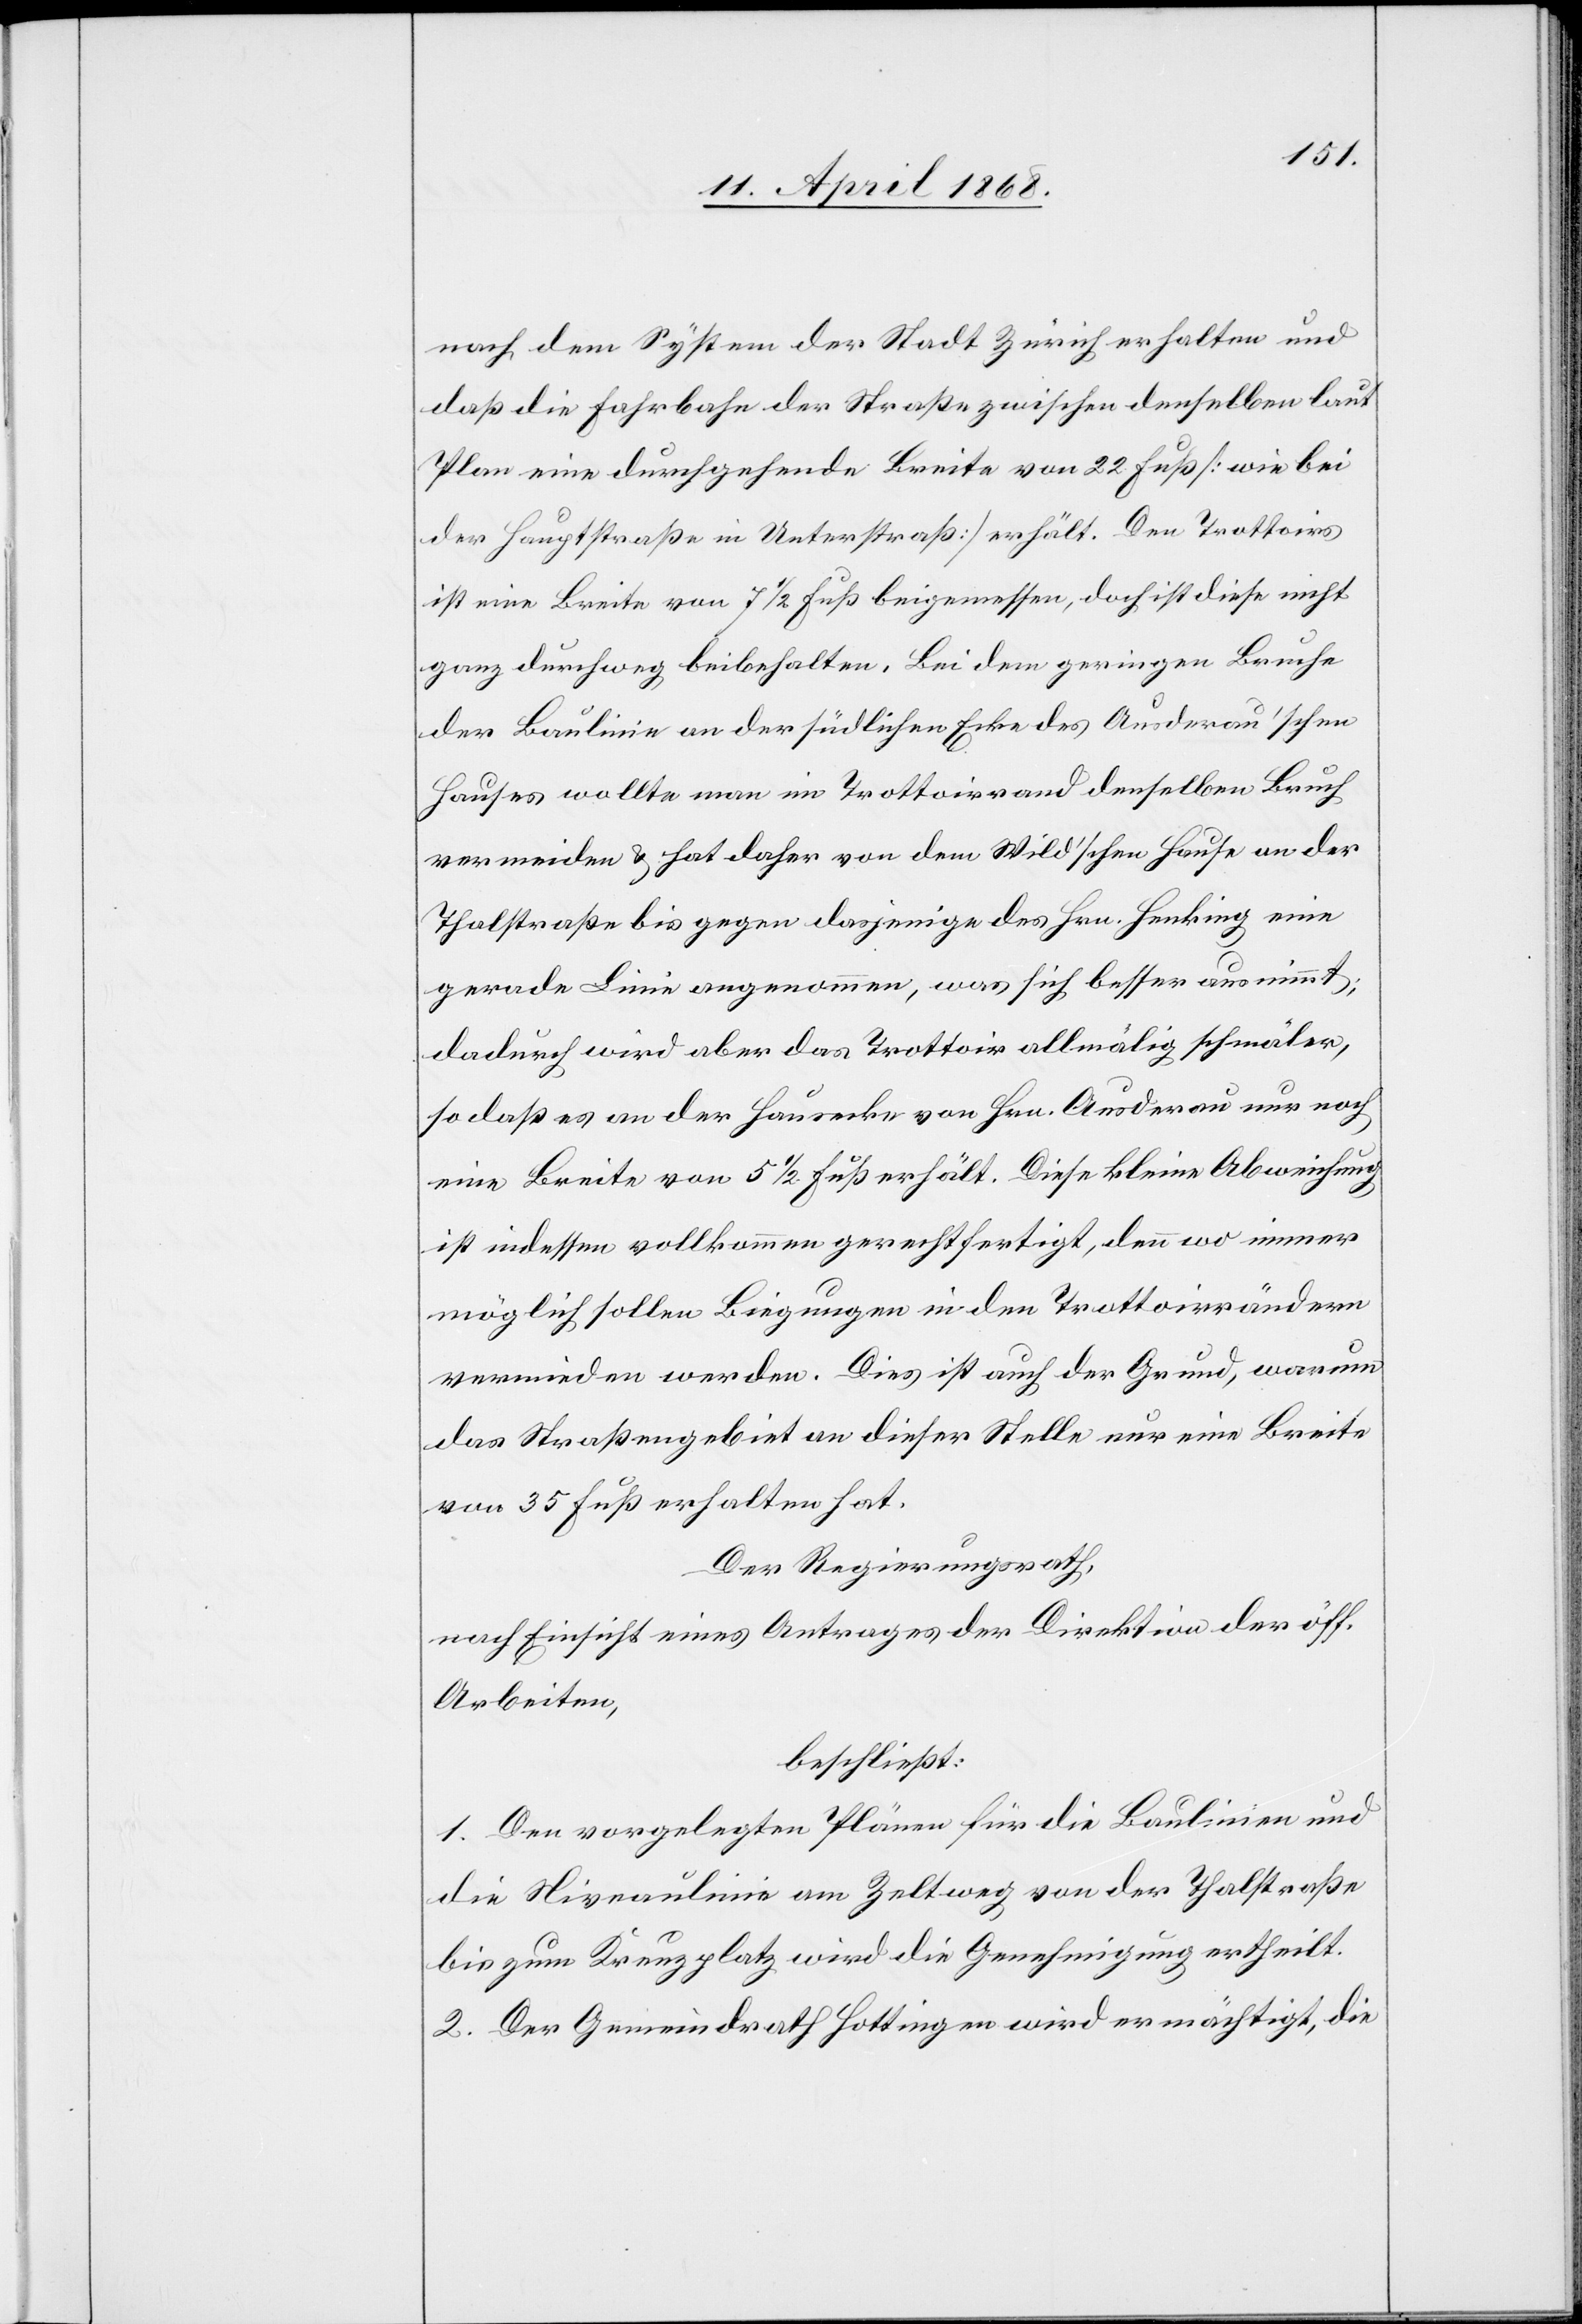
nach dem System der Stadt Zürich erhalten und
daß die Fahrbahn der Straße zwischen denselben laut
Plan eine durchgehende Breite von 22 Fuß [wie bei
der Hauptstraße in Unterstraß] erhält. Den Trottoirs
ist eine Breite von 7 1/2 Fuß beigemessen, doch ist diese nicht
ganz durchweg beibehalten. Bei dem geringen Bruche
der Baulinie an der südlichen Ecke des Ausderau’schen
Hauses wollte man im Trottoirrand denselben Bruch
vermeiden & hat daher von dem Wild’schen Hause an der
Thalstraße bis gegen dasjenige des Hrn. Henking eine
gerade Linie angenommen, was sich besser ausnimmt;
dadurch wird aber das Trottoir allmälig schmäler,
so daß es an der Hausecke von Hrn. Ausderau nur noch
eine Breite von 5 1/2 Fuß erhält. Diese kleine Abweichung
ist indessen vollkommen gerechtfertigt, denn wo immer
möglich sollen Biegungen in den Trottoirrändern
vermieden werden. Dies ist auch der Grund, warum
das Straßengebiet an dieser Stelle nur eine Breite
von 35 Fuß erhalten hat.
Der Regierungsrath,
nach Einsicht eines Antrages der Direktion der öff.
Arbeiten,
beschließt:
1. Den vorgelegten Plänen für die Baulinien und
die Niveaulinie am Zeltweg von der Thalstraße
bis zum Kreuzplatz wird die Genehmigung ertheilt.
2. Der Gemeindrath Hottingen wird ermächtigt, die